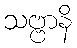
သဗ္ဗာနိ